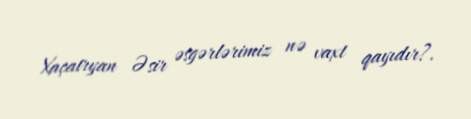
Xaçatryan Əsir əsgərlərimiz nə vaxt qayıdır?.